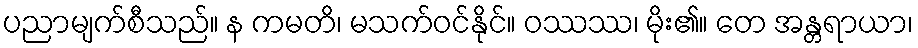
ပညာမျက်စီသည်။ န ကမတိ၊ မသက်ဝင်နိုင်။ ဝဿဿ၊ မိုး၏။ တေ အန္တရာယာ၊